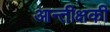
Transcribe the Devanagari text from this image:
आन्तीक्षकी